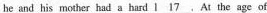
he and his mother had a bard \underline{l 17}. At the age of